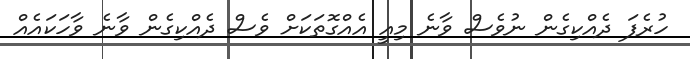
ހުރެފަ ދެއްކިގެން ނުވެސް ވާނެ މިއީ އެއްގޮތަކަށް ވެސް ދެއްކިގެން ވާނެ ވާހަކައެއް